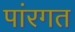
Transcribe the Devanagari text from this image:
पांरगत